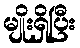
မျိုးရှိပြီး